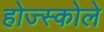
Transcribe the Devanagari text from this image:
होज्स्कोले